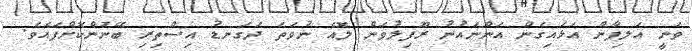
ވަނީ އަލިފާން އަޅައިގެން އަންނައުނު ރޫފިލުވަން ލޮއެ ނުވަތަ ދަގަނޑު އިސްތިރި ބޭނުންކޮށްފައެވެ.